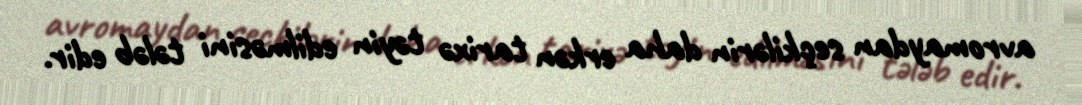
avromaydan seçkilərin daha erkən tarixə təyin edilməsini tələb edir.